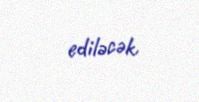
ediləcək.